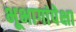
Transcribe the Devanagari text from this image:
भूभागांपेक्षा